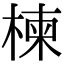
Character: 楝